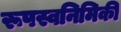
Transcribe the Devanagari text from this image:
रूपस्वनिमिकी